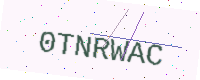
Text: 0TNRWAC